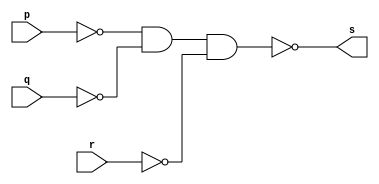
// -------------------------
// Exemplo0009 - OR Com 3 portas
// Nome: Douglas Cruz de Matos 
// -------------------------
// ------------------------- 
// -- or3 gate
// ------------------------- 
	module or3gate ( output s, input p, input q,input r);
		assign s = ~(~p&~q&~r); 
	endmodule // or3gate
// --------------------- 
// -- test or3 gate
// --------------------- 
	module testor3gate;
// ------------------------- dados locais 
		reg a, b,c; // definir registradores 
		wire s; // definir conexao (fio) 
// ------------------------- instancia 
		or3gate OR2 (s, a, b,c);
// ------------------------- preparacao 
		initial begin:start 
			a=0; b=0;c=0;
		end
// ------------------------- parte principal 
		initial begin 
			$display("Exemplo0009 - Douglas Cruz de Matos - 433134"); 
			$display("Testando a porta OR com 3 entradas"); 
			$display("\na | b | c = s\n"); 
			a=0; b=0;c=0; 
			#1 $display("%b | %b | %b= %b", a, b,c, s); 
			a=0; b=0;c=1; 
			#1 $display("%b | %b | %b= %b", a, b,c, s); 
			a=0; b=1;c=0; 
			#1 $display("%b | %b | %b= %b", a, b,c, s); 
			a=0; b=1;c=1; 
			#1 $display("%b | %b | %b= %b", a, b,c, s); 
			a=1; b=0;c=0;
			#1 $display("%b | %b | %b= %b", a, b,c, s);
			a=1; b=0;c=1;
			#1 $display("%b | %b | %b= %b", a, b,c, s);
			a=1; b=1;c=0;
			#1 $display("%b | %b | %b= %b", a, b,c, s);
			a=1; b=1;c=1;
			#1 $display("%b | %b | %b= %b", a, b,c, s);	
		end 
endmodule // testor3gate